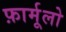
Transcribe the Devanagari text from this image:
फ़ार्मूलो